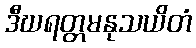
ဒီဃရတ္တမနုသယိတံ